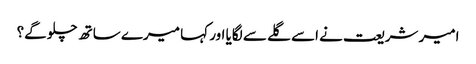
امیر شریعت نے اسے گلے سے لگایا اور کہا میرے ساتھ چلو گے؟